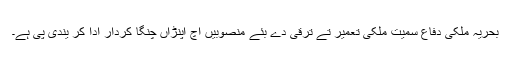
بحریہ ملکی دفاع سمیت ملکی تعمیر تے ترقی دے بئے منصوبیں اچ اپنڑاں چنگا کردار ادا کر یندی پی ہے۔